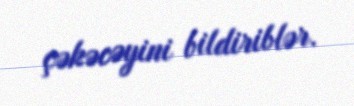
çəkəcəyini bildiriblər.